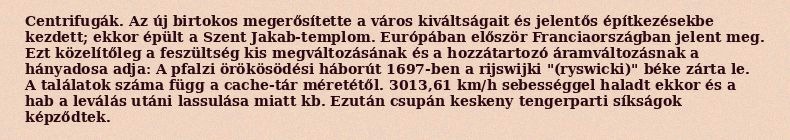
Centrifugák. Az új birtokos megerősítette a város kiváltságait és jelentős építkezésekbe kezdett; ekkor épült a Szent Jakab-templom. Európában először Franciaországban jelent meg. Ezt közelítőleg a feszültség kis megváltozásának és a hozzátartozó áramváltozásnak a hányadosa adja: A pfalzi örökösödési háborút 1697-ben a rijswijki "(ryswicki)" béke zárta le. A találatok száma függ a cache-tár méretétől. 3013,61 km/h sebességgel haladt ekkor és a hab a leválás utáni lassulása miatt kb. Ezután csupán keskeny tengerparti síkságok képződtek.